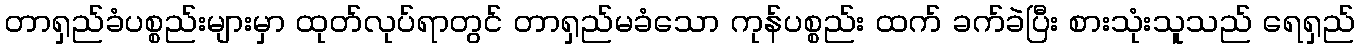
တာရှည်ခံပစ္စည်းများမှာ ထုတ်လုပ်ရာတွင် တာရှည်မခံသော ကုန်ပစ္စည်း ထက် ခက်ခဲပြီး စားသုံးသူသည် ရေရှည်